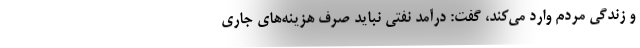
و زندگی مردم وارد می‌کند، گفت: درآمد نفتی نباید صرف هزینه‌های جاری